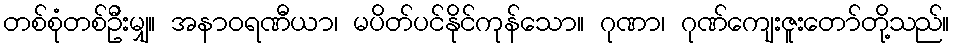
တစ်စုံတစ်ဦးမျှ။ အနာဝရဏီယာ၊ မပိတ်ပင်နိုင်ကုန်သော။ ဂုဏာ၊ ဂုဏ်ကျေးဇူးတော်တို့သည်။